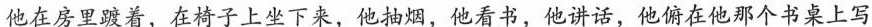
她在房间里踱着，在椅子上坐下来，他抽烟，他看书，他讲话，他俯在他那个书桌上写